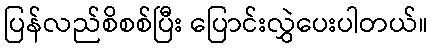
ပြန်လည်စိစစ်ပြီး ပြောင်းလွှဲပေးပါတယ်။